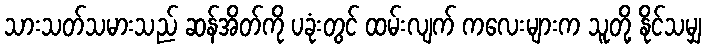
သားသတ်သမားသည် ဆန်အိတ်ကို ပခုံးတွင် ထမ်းလျက် ကလေးများက သူတို့ နိုင်သမျှ